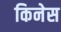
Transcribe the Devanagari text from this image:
किनेस